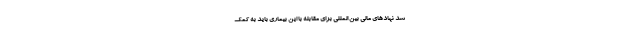
شد نهادهای مالی بین المللی برای مقابله با این بیماری باید به کمک